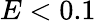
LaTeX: E<0.1